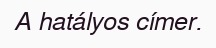
A hatályos címer.